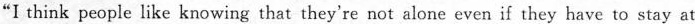
"I think people like knowing that they're not alone even if they have to stay at